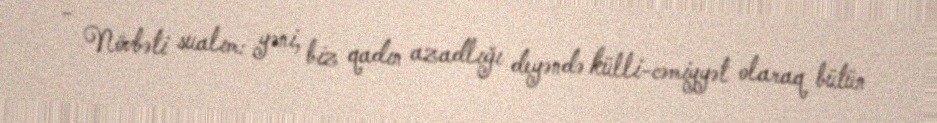
- Növbəti sualım: yəni, biz qadın azadlığı deyəndə külli-cəmiyyət olaraq bütün